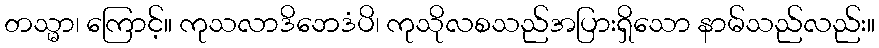
တသ္မာ၊ ကြောင့်။ ကုသလာဒိဘေဒံပိ၊ ကုသိုလစသည်အပြားရှိသော နာမ်သည်လည်း။